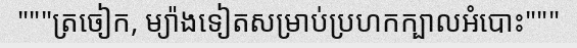
"""ត្រចៀក, ម្យ៉ាងទៀតសម្រាប់ប្រហកក្បាលអំបោះ"""